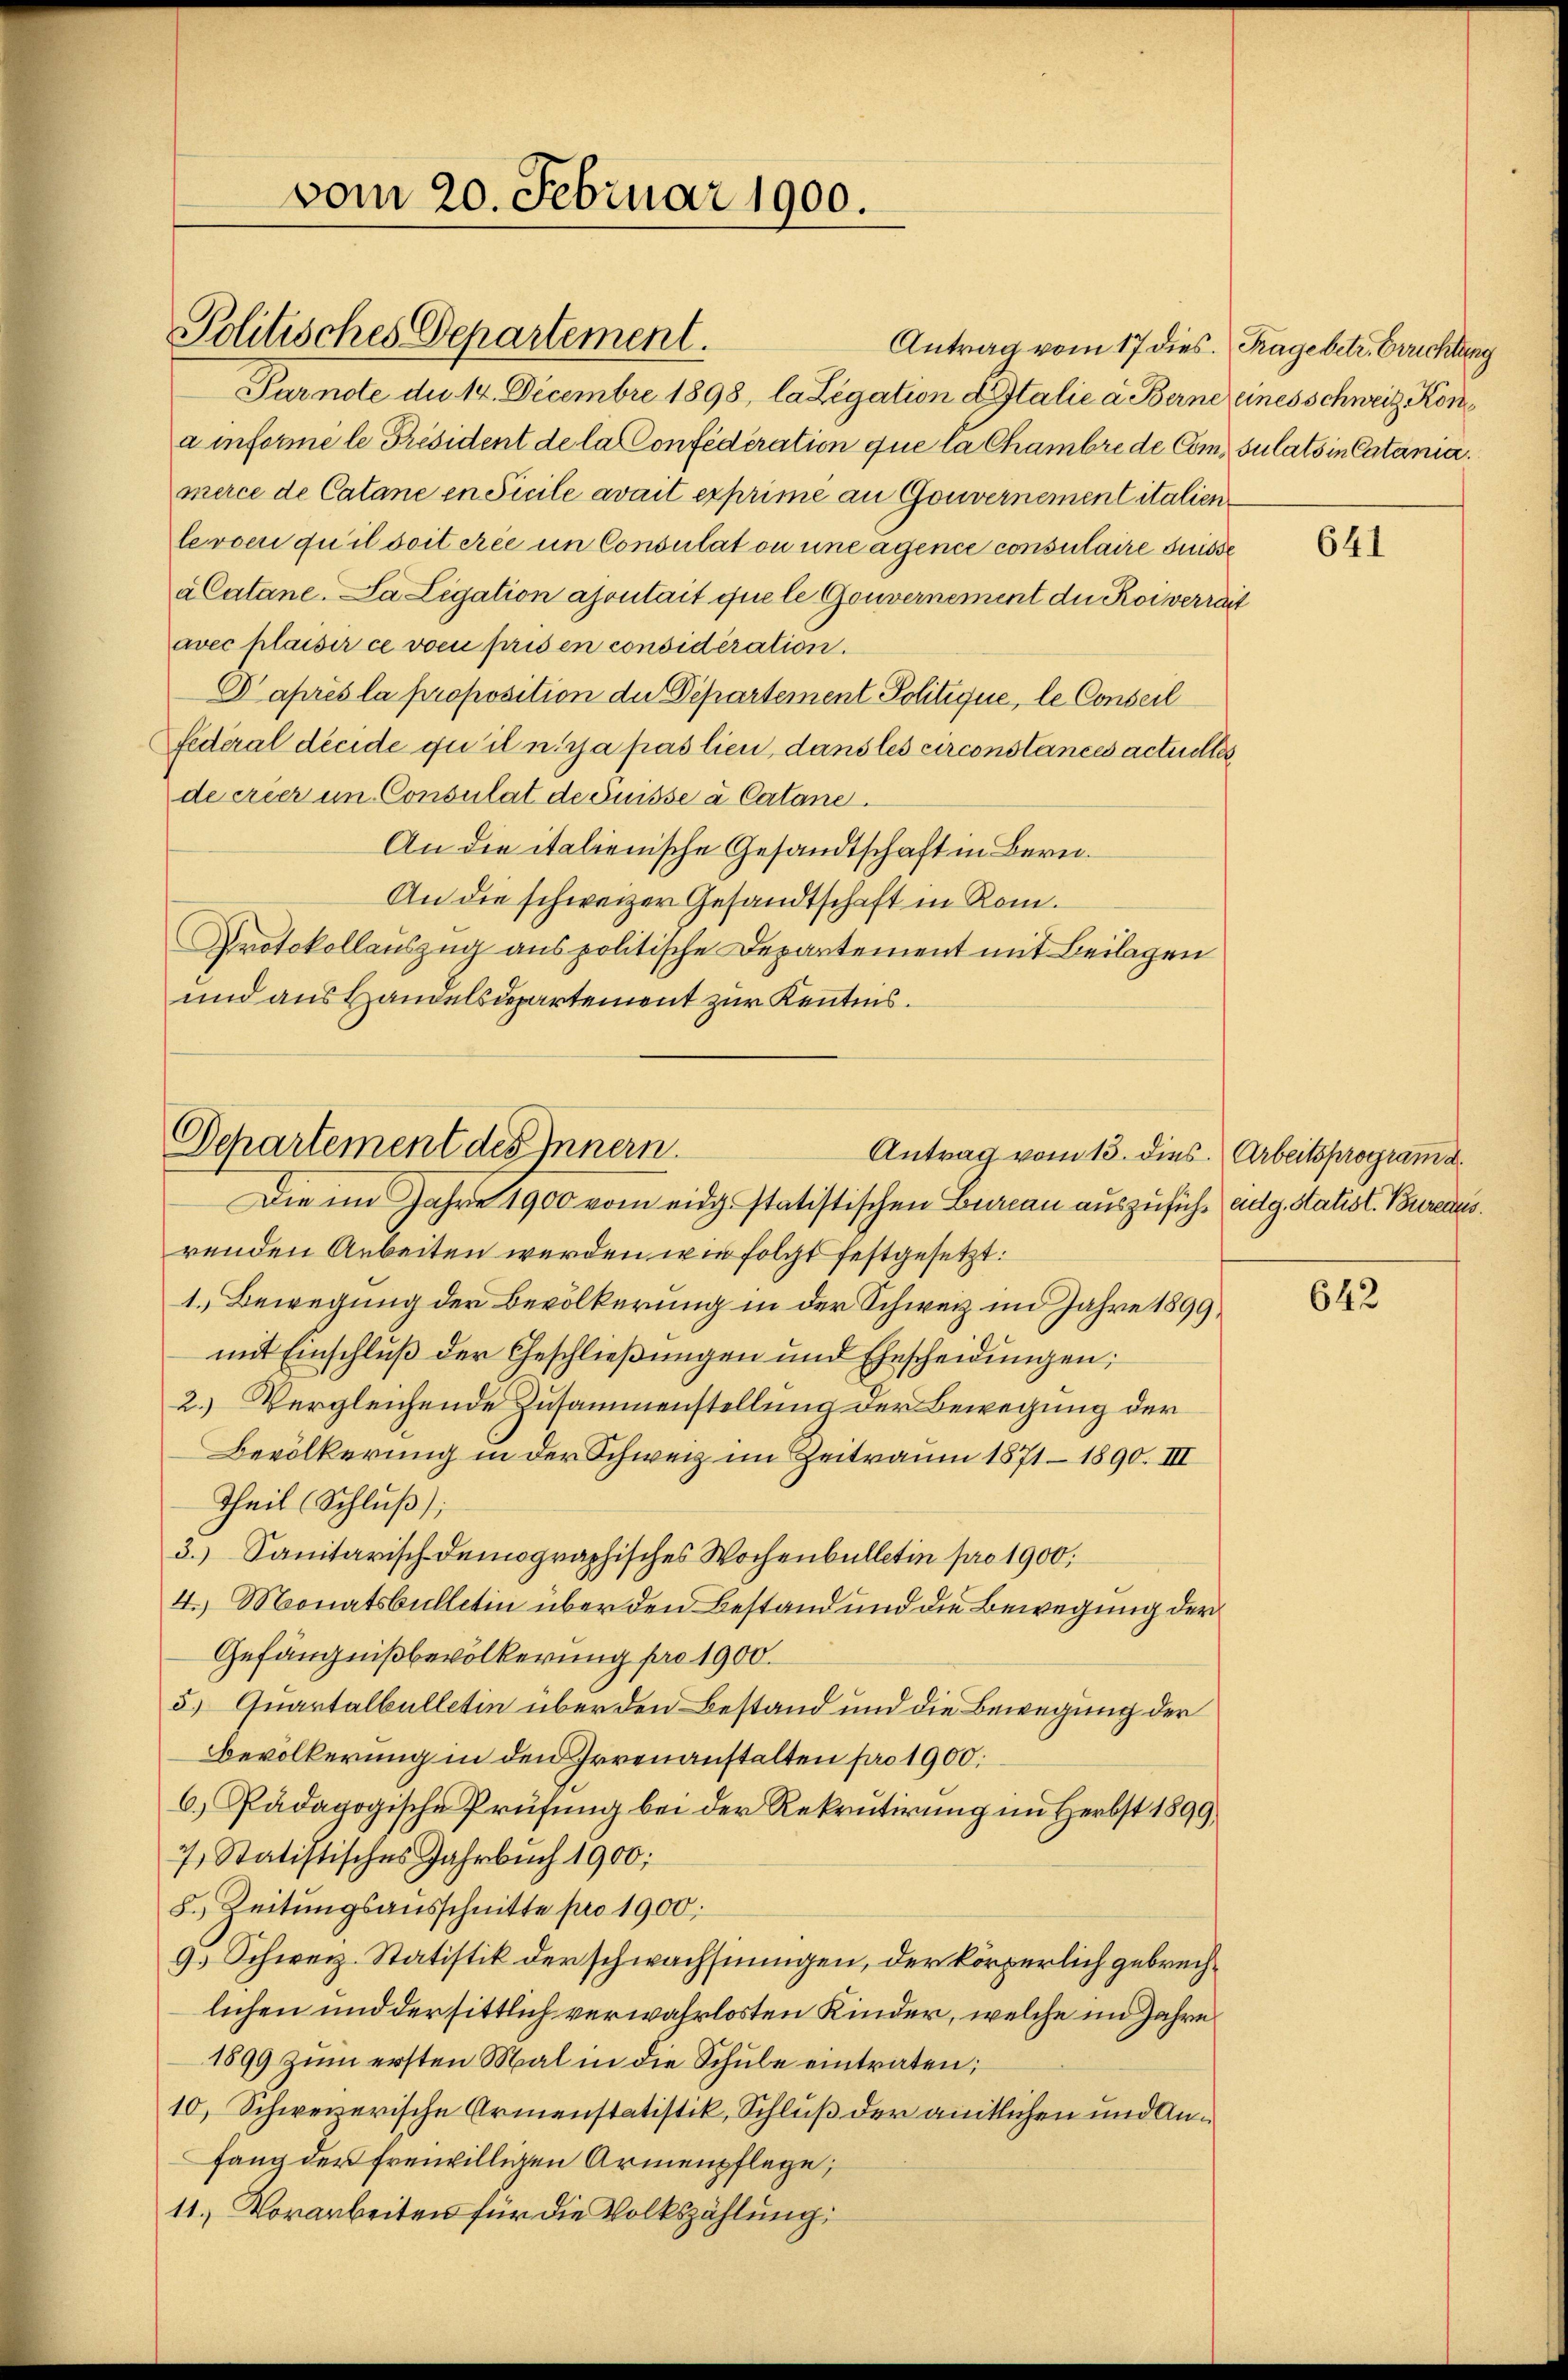
vom 20. Februar 1900.

Antrag vom 17 dies. Frage betr. Errichtung
Purnote de 14. Decembre 1898, la Legation Italie a. Berne eines schweiz. Kona informe le Président de la confédération que la Chambre de Consulats in Catania.
merce de Catane en Sicile avait exprime an Gouvernement italien
levoen qu’il soit die in Consulat ou uneigence consulaire suisse
a Catane. La Legation apontait que le Gouvernement der Roi verrait
avec plaisir ce vom pris en considération.
Daprès la proposition die Departement Politique, le Conseil
federal decide qu’il n’a pas lien, dans les circonstances actuelles
de créer im Consulat deduisse à Catane.
An die italienische Gesandtschaft in Bern.
An die schweizer Gesandtschaft in Rom.
Protokollauszug aus politische Departement mit Beilagen
und aus Handelsdepartement zur Kentnis.

Politisches Departement.

Departement des Innern.
Antrag vom 13. dies. Arbeitsprogramd.
Die im Jahre 1900 vom eidg. statistischen Bureau auszuführ eidg. Statist. Bureaus.

renden Arbeiten werden wie folgt festgesetzt.
1. Bewegung der Bevölkerung in der Schweiz im Jahre 1899
mit Einschlŭβ der Geschlieβŭngen und Ehescheidŭngen:
2.) Vergleichende Zusammenstellung der Bewegung der
Bevölkerung in der Schweiz im Zeitraum 1871 - 1890. III
Theil (Schluß);
3.) Sanitarisch-demographisches Wochenbulletin pro 1900,
4.) Monatsbulletin über den Bestand und die Bewegung der
Gefängnißbevölkerung pro 1900.
5) Quartalbulletin über den Bestand und die Bewegung der
bevölkerung in den Irrenanstalten pro 1900.
6.) Pädagogische Prüfung bei der Rekrutirung im Herbst 1899,
7, Statistisches Jahrbuch 1900;
8.) Leitungsausschnitte pro 1900.
9. Schweiz. Statistik derschwachsungen, der körperlich gebrechlichen und der sittlich verwahrlosten Kinder, welche im Jahre
1899 zum ersten Mal in die Schule eintraten,
10, Schweizerische Armenstatistik, Schluß der amtlichen und Anfang der freiwilligen Armenpflege;
11.) Vorarbeiten für die Volkszählung:

641

642